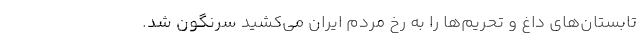
تابستان‌های داغ و تحریم‌ها را به رخ مردم ایران می‌کشید سرنگون شد.